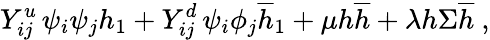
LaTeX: Y_{ij}^{u}\, \psi_{i}\psi_{j}{h}_{1}+Y_{ij}^{d}\, \psi_{i}\phi_{j}{\overline{{{h}}}}_{1}+{\mu}{h}{\overline{{{h}}}}+{\lambda}{h}{\Sigma}{\overline{{{h}}}}\ ,